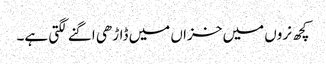
کچھ نروں میں خزاں میں ڈاڑھی اگنے لگتی ہے۔